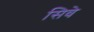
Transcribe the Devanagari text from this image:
सिवे